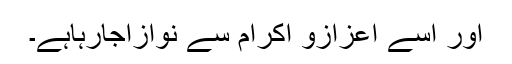
اور اسے اعزازو اکرام سے نوازاجارہاہے۔